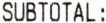
SUBTOTAL: